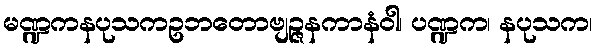
မဏ္ဍကနပုသကဥဘတောဗျဉ္ဇနကာနံဝါ၊ ပဏ္ဍက၊ နပုသက၊